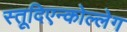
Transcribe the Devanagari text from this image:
स्तूदिएन्कोल्लेग